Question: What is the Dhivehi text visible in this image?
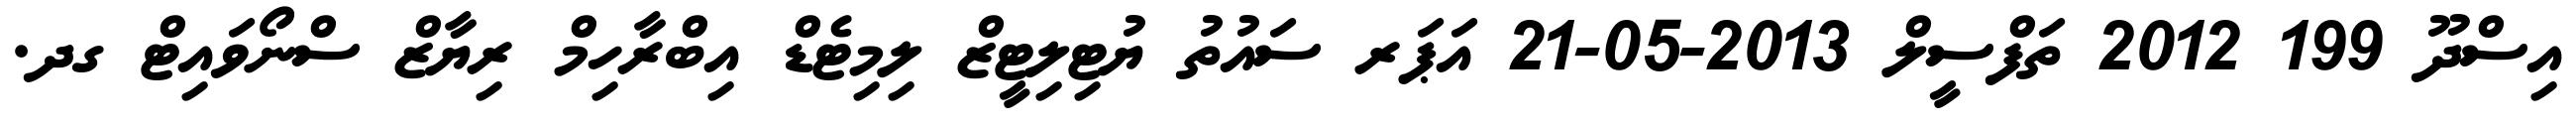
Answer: އިސްދޫ 199 2012 ތަފްސީލް 2013-05-21 އަޕަރ ސައުތު ޔުޓިލިޓީޒް ލިމިޓެޑް އިބްރާހިމް ރިޔާޒް ސްނޯވައިޓް ގދ.